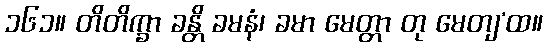
၁၆၁။ တိတိက္ခာ ခန္တိ ခမနံ၊ ခမာ မေတ္တာ တု မေတျ’ထ။